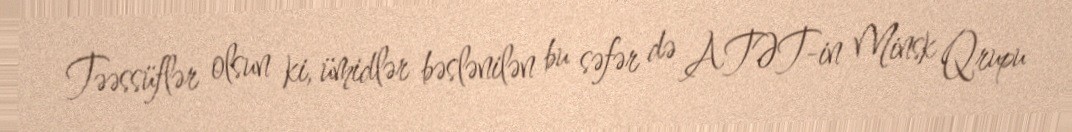
Təəssüflər olsun ki, ümidlər bəslənilən bu səfər də ATƏT-in Minsk Qrupu